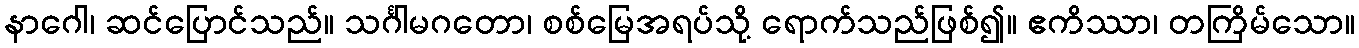
နာဂေါ၊ ဆင်ပြောင်သည်။ သင်္ဂါမဂတော၊ စစ်မြေအရပ်သို့ ရောက်သည်ဖြစ်၍။ ဧကိဿာ၊ တကြိမ်သော။